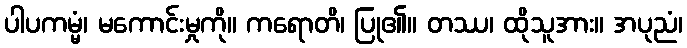
ပါပကမ္မံ၊ မကောင်းမှုကို။ ကရောတိ၊ ပြု၏။ တဿ၊ ထိုသူအား။ အပုညံ၊